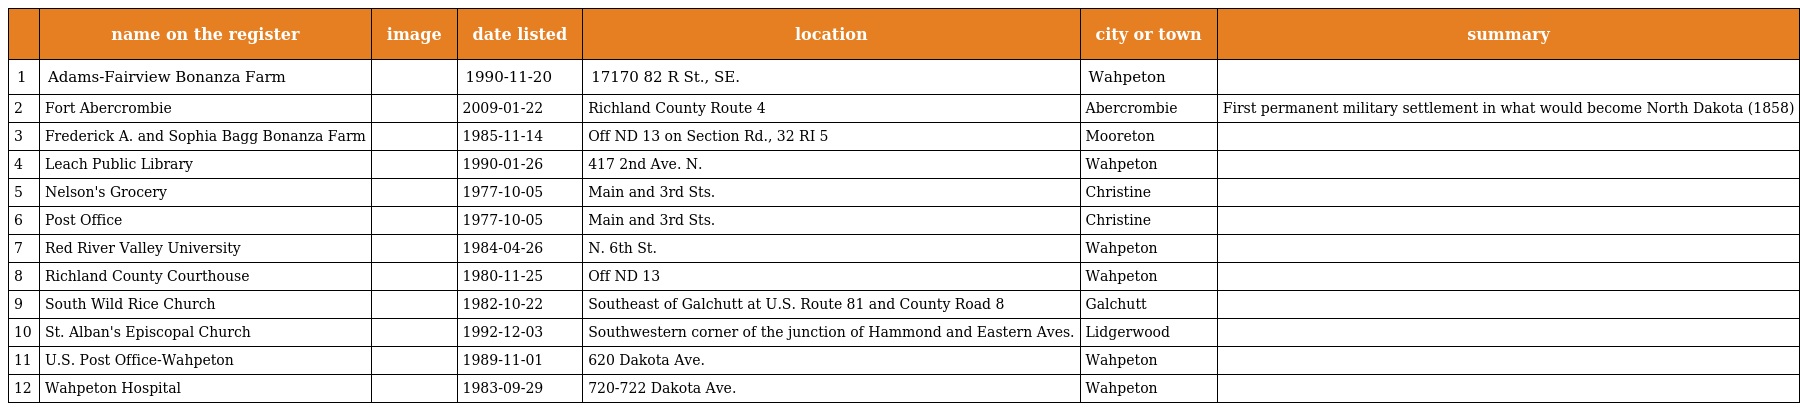
|  | name on the register | image | date listed | location | city or town | summary |
 | --- | --- | --- | --- | --- | --- | --- |
 | 1 | Adams-Fairview Bonanza Farm |  | 1990-11-20 | 17170 82 R St., SE. | Wahpeton |  |
 | 2 | Fort Abercrombie |  | 2009-01-22 | Richland County Route 4 | Abercrombie | First permanent military settlement in what would become North Dakota (1858) |
 | 3 | Frederick A. and Sophia Bagg Bonanza Farm |  | 1985-11-14 | Off ND 13 on Section Rd., 32 RI 5 | Mooreton |  |
 | 4 | Leach Public Library |  | 1990-01-26 | 417 2nd Ave. N. | Wahpeton |  |
 | 5 | Nelson's Grocery |  | 1977-10-05 | Main and 3rd Sts. | Christine |  |
 | 6 | Post Office |  | 1977-10-05 | Main and 3rd Sts. | Christine |  |
 | 7 | Red River Valley University |  | 1984-04-26 | N. 6th St. | Wahpeton |  |
 | 8 | Richland County Courthouse |  | 1980-11-25 | Off ND 13 | Wahpeton |  |
 | 9 | South Wild Rice Church |  | 1982-10-22 | Southeast of Galchutt at U.S. Route 81 and County Road 8 | Galchutt |  |
 | 10 | St. Alban's Episcopal Church |  | 1992-12-03 | Southwestern corner of the junction of Hammond and Eastern Aves. | Lidgerwood |  |
 | 11 | U.S. Post Office-Wahpeton |  | 1989-11-01 | 620 Dakota Ave. | Wahpeton |  |
 | 12 | Wahpeton Hospital |  | 1983-09-29 | 720-722 Dakota Ave. | Wahpeton |  |